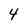
Character: 4